Vaccination in the Punjab 1919-1929 - 1919-1929
Year: 1919
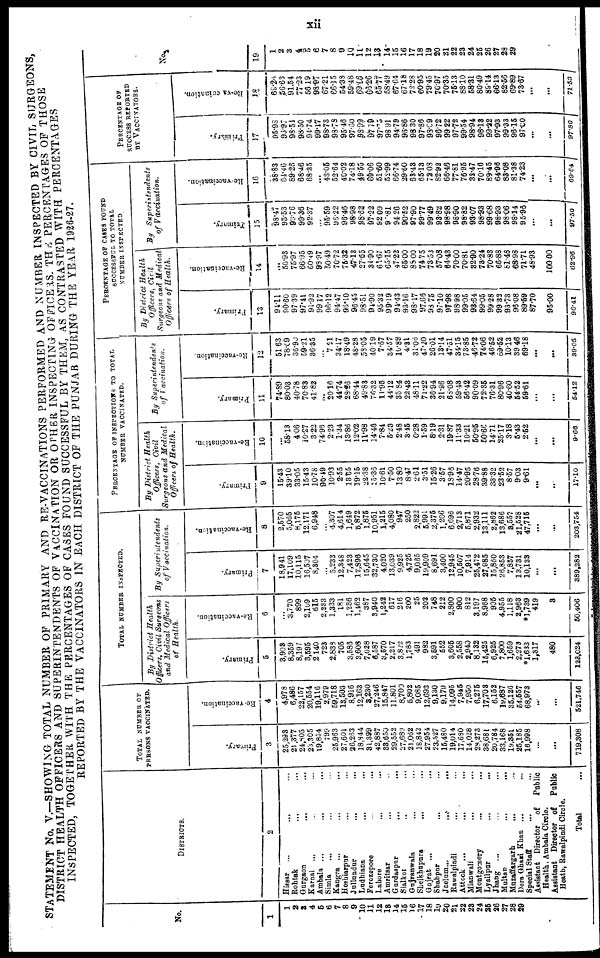
xii
STATEMENT No. V.—SHOWING TOTAL NUMBER OF PRIMARY AND RE-VACCINATIONS PERFORMED AND NUMBER INSPECTED BY CIVIL SURGEONS,
DISTRICT HEALTH OFFICERS AND SUPERINTENDENTS OF VACCINATION OR OTHER INSPECTING OFFICERS. THE PERCENTAGES OF THOSE
INSPECTED, TOGETHER WITH THE PERCENTAGES OF CASES FOUND SUCCESSFUL BY THEM, AS CONTRASTED WITH PERCENATGES
REPORTED BY THE VACCINATORS IN EACH DISTRICT OF THE PUNJAB DURING THE YEAR 1926-27.
No.
1
1
2
3
4
5
6
7
8
9
10
11
12
13
14
15
16
17
18
19
20
21
22
23
24
25
26
27
28
29
DISTRICTS.
2
Hissar ... ... ...
Rohtak ... ... ...
Gurgaon ... ... ...
Karnal ... ... ...
Ambala ... ... ...
Simla ... ... ...
Kangra
...
...
...
Hoshiarpur ... ... ...
Jullundur ... ... ...
Ludhiana
...
...
...
Ferozepore
...
...
...
Lahore ... ... ...
Amritsar ... ... ...
Gurdaspur
...
...
...
Sialkot
...
...
...
Gujranwala ... ... ...
Sheikhupura ... ... ... ...
Gujrat ... ... ... ...
Shahpur ... ... ... ...
Jhelum
...
...
...
...
Rawalpindi ... ... ... ...
Attock ... ... ... ...
Mianwali ... ... ... ...
Montgomery ... ... ...
Lyallpur
...
...
...
Jhang ... ... ... ...
Multan
...
...
...
...
Muzaffargarh ... ...
Dera Ghazi Khan
...
...
...
Special Staff ... ...
Assistant Director of
Public
Health, Ambala Circle.
Assistant Director of
Public
Heath, Rawalpindi Circle.
Total ...
TOTAL NUMBER OF
PERSONS VACCINATED.
Primary.
3
25,293
21,377
24,805
23,305
19,854
799
25,963
27,601
26,263
18,844
31,399
42,887
33,650
29,552
27,689
21,062
18,842
27,954
23,527
15,480
19,014
17,680
14,028
28,273
38,681
20,784
33,168
19,351
25,185
16,998
...
...
719,308
Re-vaccination.
4
4,978
6,486
22,157
20,554
19,116
2,979
59,718
13,503
8,916
12,163
3,230
27,246
15,847
11,801
8,700
5,802
9,085
12,693
9,130
9,179
14,095
7,945
7,950
6,275
17,703
6,152
19,687
35,126
54,557
68,973
...
...
521,746
TOTAL NUMBER INSPECTED.
By District Health
Officers, Civil Surgeons
and Medical Officers
of Health.
Primary.
5
3,903
8,359
8,197
3,595
2,140
723
2,838
705
3,586
3,608
7,028
6,587
3,570
2,217
3,822
1,783
491
982
3,591
552
3,605
2,558
2,940
8,132
15,425
6,925
7,800
1,659
2,273
*1,633
1,317
480
123,024
Re-vaccination.
6
...
3,770
899
2,109
615
2,233
1,333
181
1,236
1,462
387
3,940
1,242
617
216
200
25
202
748
212
2,800
900
812
3,197
8,968
905
4,955
1,118
2,963
*1,739
419
3
50,406
By
Superintendents
of Vaccination.
Primary.
7
18,941
17,109
10,115
16,507
8,304
...
5,233
12,348
7,423
12,896
15,645
32,730
4,020
13,039
9,925
4,725
9,065
19,909
8,691
3,400
12,945
10,507
7,914
25,472
27,985
15,860
26,853
7,857
13,731
10,133
...
...
389,282
Re-vaccination.
8
2,570
5,065
8,175
12,171
6,948
...
4,307
4,614
1,649
5,872
1,875
10,951
1,215
4,080
947
250
2,822
5,991
2,375
1,206
6,696
2,713
5,871
2,932
13,111
2,862
13,686
3,557
21,528
47,716
...
...
203,754
PERCENTAGE OF INSPECTIONS TO TOTAL
NUMBER VACCINATED.
By District Health
Officers, Civil
Surgeons and Medical
Officers of Health.
Primary.
9
15.43
39.10
33.05
15.43
10.78
90.49
10.93
2.55
18.65
19.15
22.38
25.36
10.61
7.50
13.80
8.47
2.61
3.51
15.26
3.51
18.96
14.47
20.95
28.76
39.88
33.32
23.52
8.57
9.03
9.61
...
...
17.10
Re-vaccination.
10
...
58.13
4.06
10.27
3.22
74.98
2.23
1.34
13.86
12.02
11.98
14.46
7.84
5.23
2.48
3.45
0.28
1.59
8.19
2.31
19.87
11.33
10.21
50.95
50.66
14.71
25.17
3.18
5.43
2.52
...
...
9.66
By Superintendents
of Vaccination.
Primary.
11
74.89
80.03
40.78
70.83
41.82
...
20.16
44.74
23.26
68.44
49.83
76.32
11.95
44.12
35.84
22.43
48.11
71.22
36.94
21.96
68.08
59.43
56.42
90.09
72.35
76.31
80.96
40.60
54.52
59.61
...
...
54.12
Re-vaccination.
12
51.63
78.09
36.90
59.21
36.35
...
7.21
34.17
18.49
48.28
53.05
40.19
7.67
34.57
10.89
4.31
31.06
47.20
26.01
13.14
47.51
34.15
73.85
46.72
74.06
46.52
69.52
10.13
39.46
69.18
...
...
39.05
PERCENTAGE OF CASES FOUND
SUCCESSFUL TO TOTAL
NUMBER INSPECTED
By District Health
Officers, Civil
Surgeons and Medical
Officers of Health.
Primary.
13
94.11
90.60
97.39
97.41
91.92
99.17
96.12
94.47
96.10
96.45
98.51
94.90
95.32
99.19
94.43
93.16
98.17
97.66
98.75
97.10
97.98
98.98
99.05
93.64
99.05
99.28
99.32
93.73
96.08
89.59
87.70
95.00
96.41
R
e-vaccination.
14
...
50.93
75.97
66.95
60.49
98.97
50.49
70.72
75.32
47.13
27.65
34.90
61.67
65.15
47.22
65.00
88.00
74.75
73.53
57.08
84.43
70.00
70.81
32.90
73.24
70.83
66.88
81.48
68.98
71.71
48.93
100.00
62.98
By
Superintendents
of Vaccination.
Primary.
15
93.47
95.53
99.76
99.36
92.37
...
95.59
96.22
96.46
98.98
98.62
97.22
92.09
97.81
94.26
90.52
97.90
99.77
99.49
93.82
98.98
98.90
98.82
93.07
98.93
99.68
98.93
98.06
98.14
95.95
...
...
97.50
Re-vaccination.
16
38.83
64.46
89.26
68.46
68.35
...
43.06
52.64
40.02
74.18
49.55
69.06
51.60
52.99
66.74
29.60
63.43
65.13
72.08
82.92
66.43
77.81
76.95
32.47
70.16
89.45
64.96
83.08
81.38
74.23
...
... 69.64
PERCENTAGE OF
SUCCESS REPORTED
BY VACCINATORS.
Primary.
17
95.98
93.97
98.54
98.50
94.74
99.17
98.73
98.78
95.46
97.60
98.99
97.79
97.75
98.91
94.79
96.86
98.30
97.86
93.09
96.72
99.22
97.72
99.54
98.94
98.13
99.22
97.93
99.33
96.15
97.00
...
...
97.80
Re-vaccianation.
18
69.23
56.63
91.54
77.23
56.19
93.97
67.21
66.15
54.38
59.48
69.06
66.26
65.77
58.49
67.64
67.18
72.28
60.95
79.45
70.97
70.35
75.13
88.10
58.31
80.49
89.14
66.13
82.56
69.89
73.67
...
...
71.53
No.
19
1
2
3
4
5
6
7
8
9
10
11
12
13
14
15
16
17
18
19
20
21
22
23
24
25
26
27
28
29